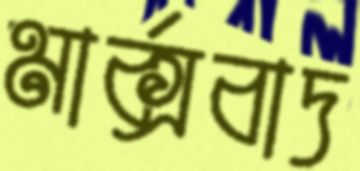
মার্ক্সবাদ